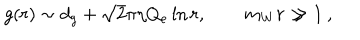
g ( r ) \sim d _ { g } + \sqrt { 2 } \pi \eta Q _ { e } \ln r , \qquad m _ { W } r \gg 1 \: ,